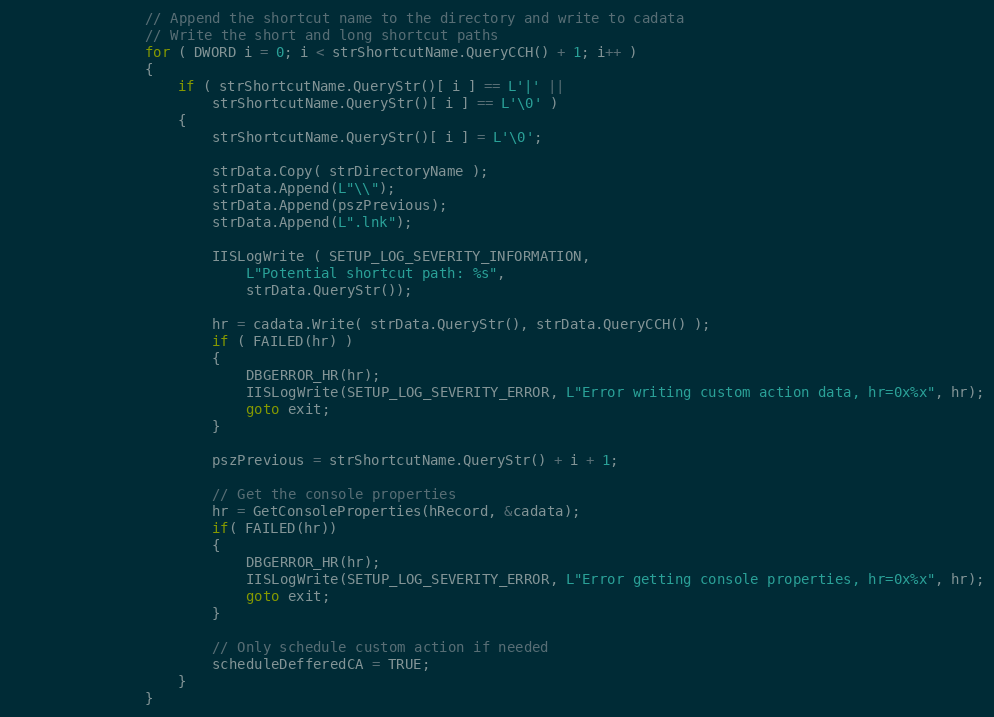
Language: C++
				// Append the shortcut name to the directory and write to cadata
				// Write the short and long shortcut paths
				for ( DWORD i = 0; i < strShortcutName.QueryCCH() + 1; i++ )
				{
					if ( strShortcutName.QueryStr()[ i ] == L'|' ||
						strShortcutName.QueryStr()[ i ] == L'\0' )
					{
						strShortcutName.QueryStr()[ i ] = L'\0';

						strData.Copy( strDirectoryName );
						strData.Append(L"\\");
						strData.Append(pszPrevious);
						strData.Append(L".lnk");

						IISLogWrite ( SETUP_LOG_SEVERITY_INFORMATION,
							L"Potential shortcut path: %s",
							strData.QueryStr());

						hr = cadata.Write( strData.QueryStr(), strData.QueryCCH() );
						if ( FAILED(hr) )
						{
							DBGERROR_HR(hr);
							IISLogWrite(SETUP_LOG_SEVERITY_ERROR, L"Error writing custom action data, hr=0x%x", hr);
							goto exit;
						}

						pszPrevious = strShortcutName.QueryStr() + i + 1;

						// Get the console properties
						hr = GetConsoleProperties(hRecord, &cadata);
						if( FAILED(hr))
						{
							DBGERROR_HR(hr);
							IISLogWrite(SETUP_LOG_SEVERITY_ERROR, L"Error getting console properties, hr=0x%x", hr);
							goto exit;
						}

						// Only schedule custom action if needed
						scheduleDefferedCA = TRUE;
					}
				}